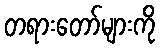
တရားတော်များကို